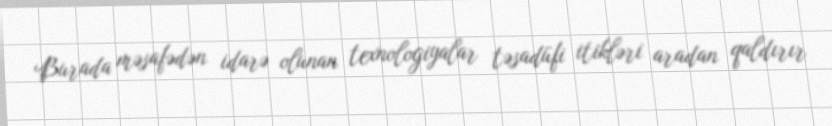
Burada məsafədən idarə olunan texnologiyalar təsadüfi itikləri aradan qaldırır